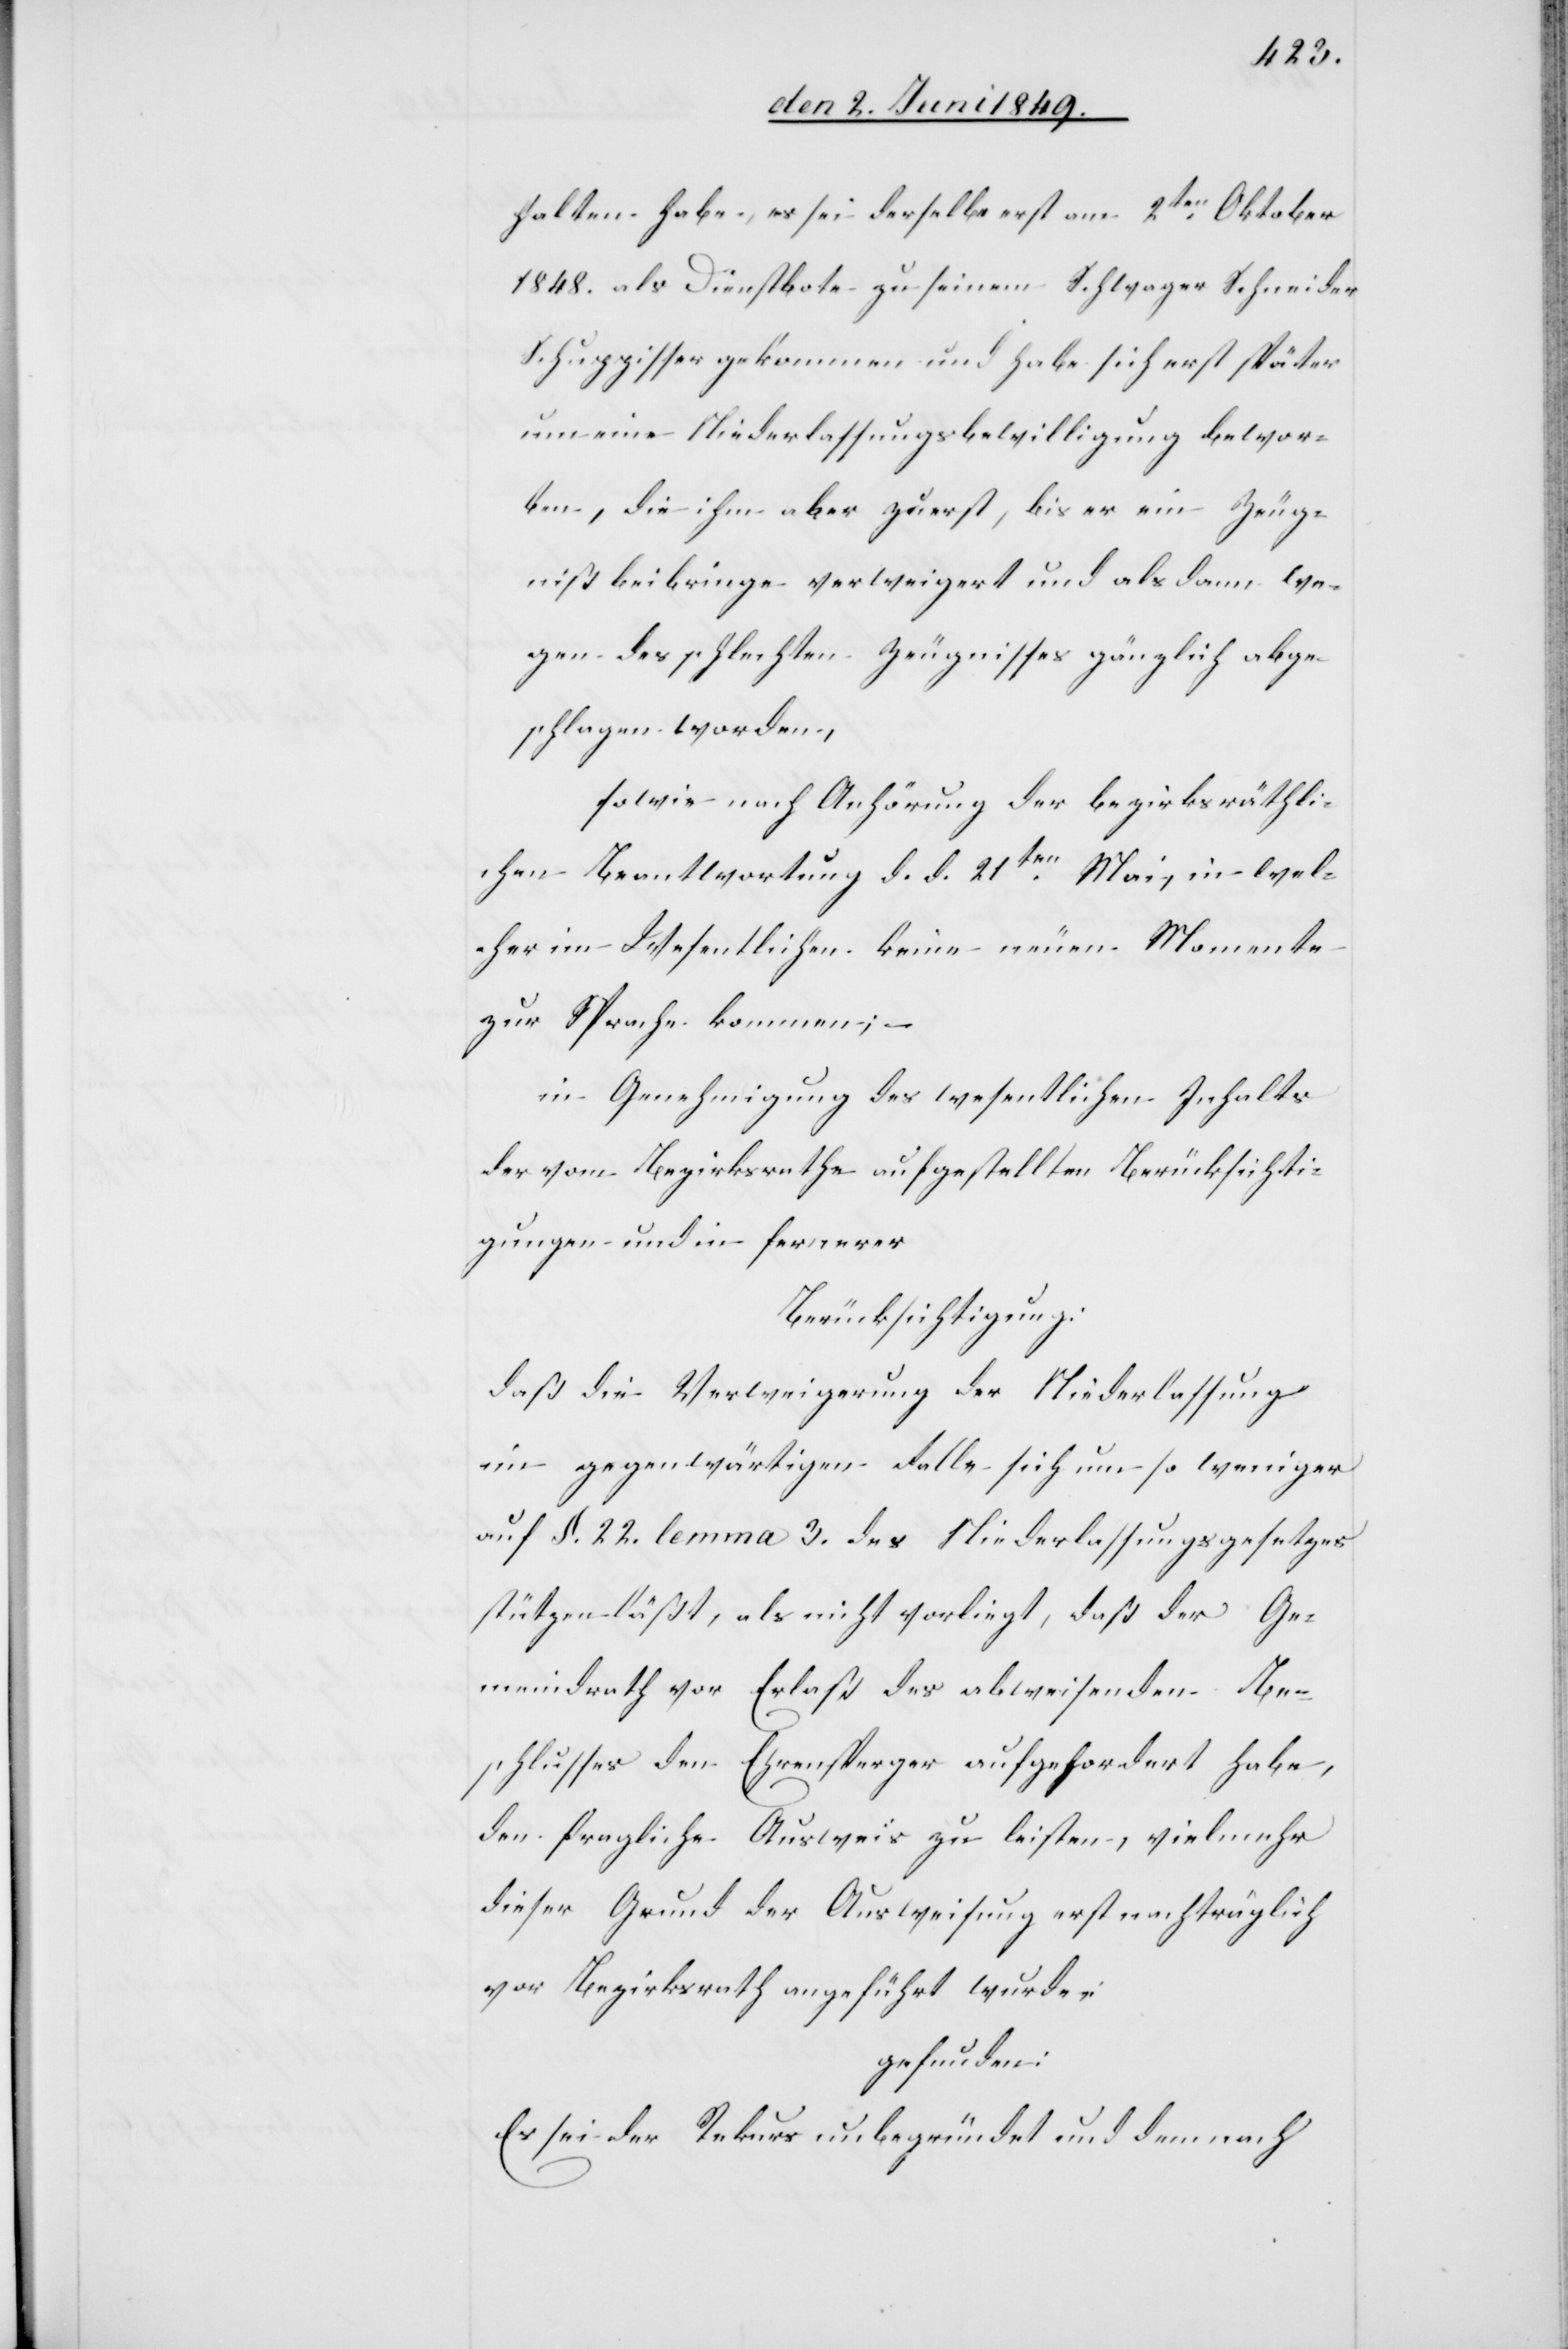
halten habe, es sei derselbe erst am 2ten Oktober
1848. als Dienstbote zu seinem Schwager Schneider
Schuppisser gekommen und habe sich erst später
um eine Niederlassungsbewilligung bewor¬
ben, die ihm aber zuerst, bis er ein Zeug¬
niß beibringe verweigert und als dann we¬
gen des schlechten Zeugnisses gänzlich abge¬
schlagen worden,
sowie nach Anhörung der bezirksräthli¬
chen Beantwortung d. d. 21ten Mai, in wel¬
cher im Wesentlichen keine neuen Momente
zur Sprache kommen; –
in Genehmigung des wesentlichen Inhalts
der vom Bezirksrathe aufgestellten Berücksichti¬
gungen und in fernerer
Berücksichtigung:
daß die Verweigerung der Niederlassung
im gegenwärtigen Falle sich um so weniger
auf §. 22. lemma 3. des Niederlassungsgesetzes
stützen läßt, als nicht vorliegt, daß der Ge¬
meindrath vor Erlaß des abweisenden Be¬
schlusses den Ehrensperger aufgefordert habe,
den fragliche[n] Ausweis zu leisten, vielmehr
dieser Grund der Ausweisung erst nachträglich
vor Bezirksrath angeführt wurde:
gefunden:
Es sei der Rekurs unbegründet und demnach